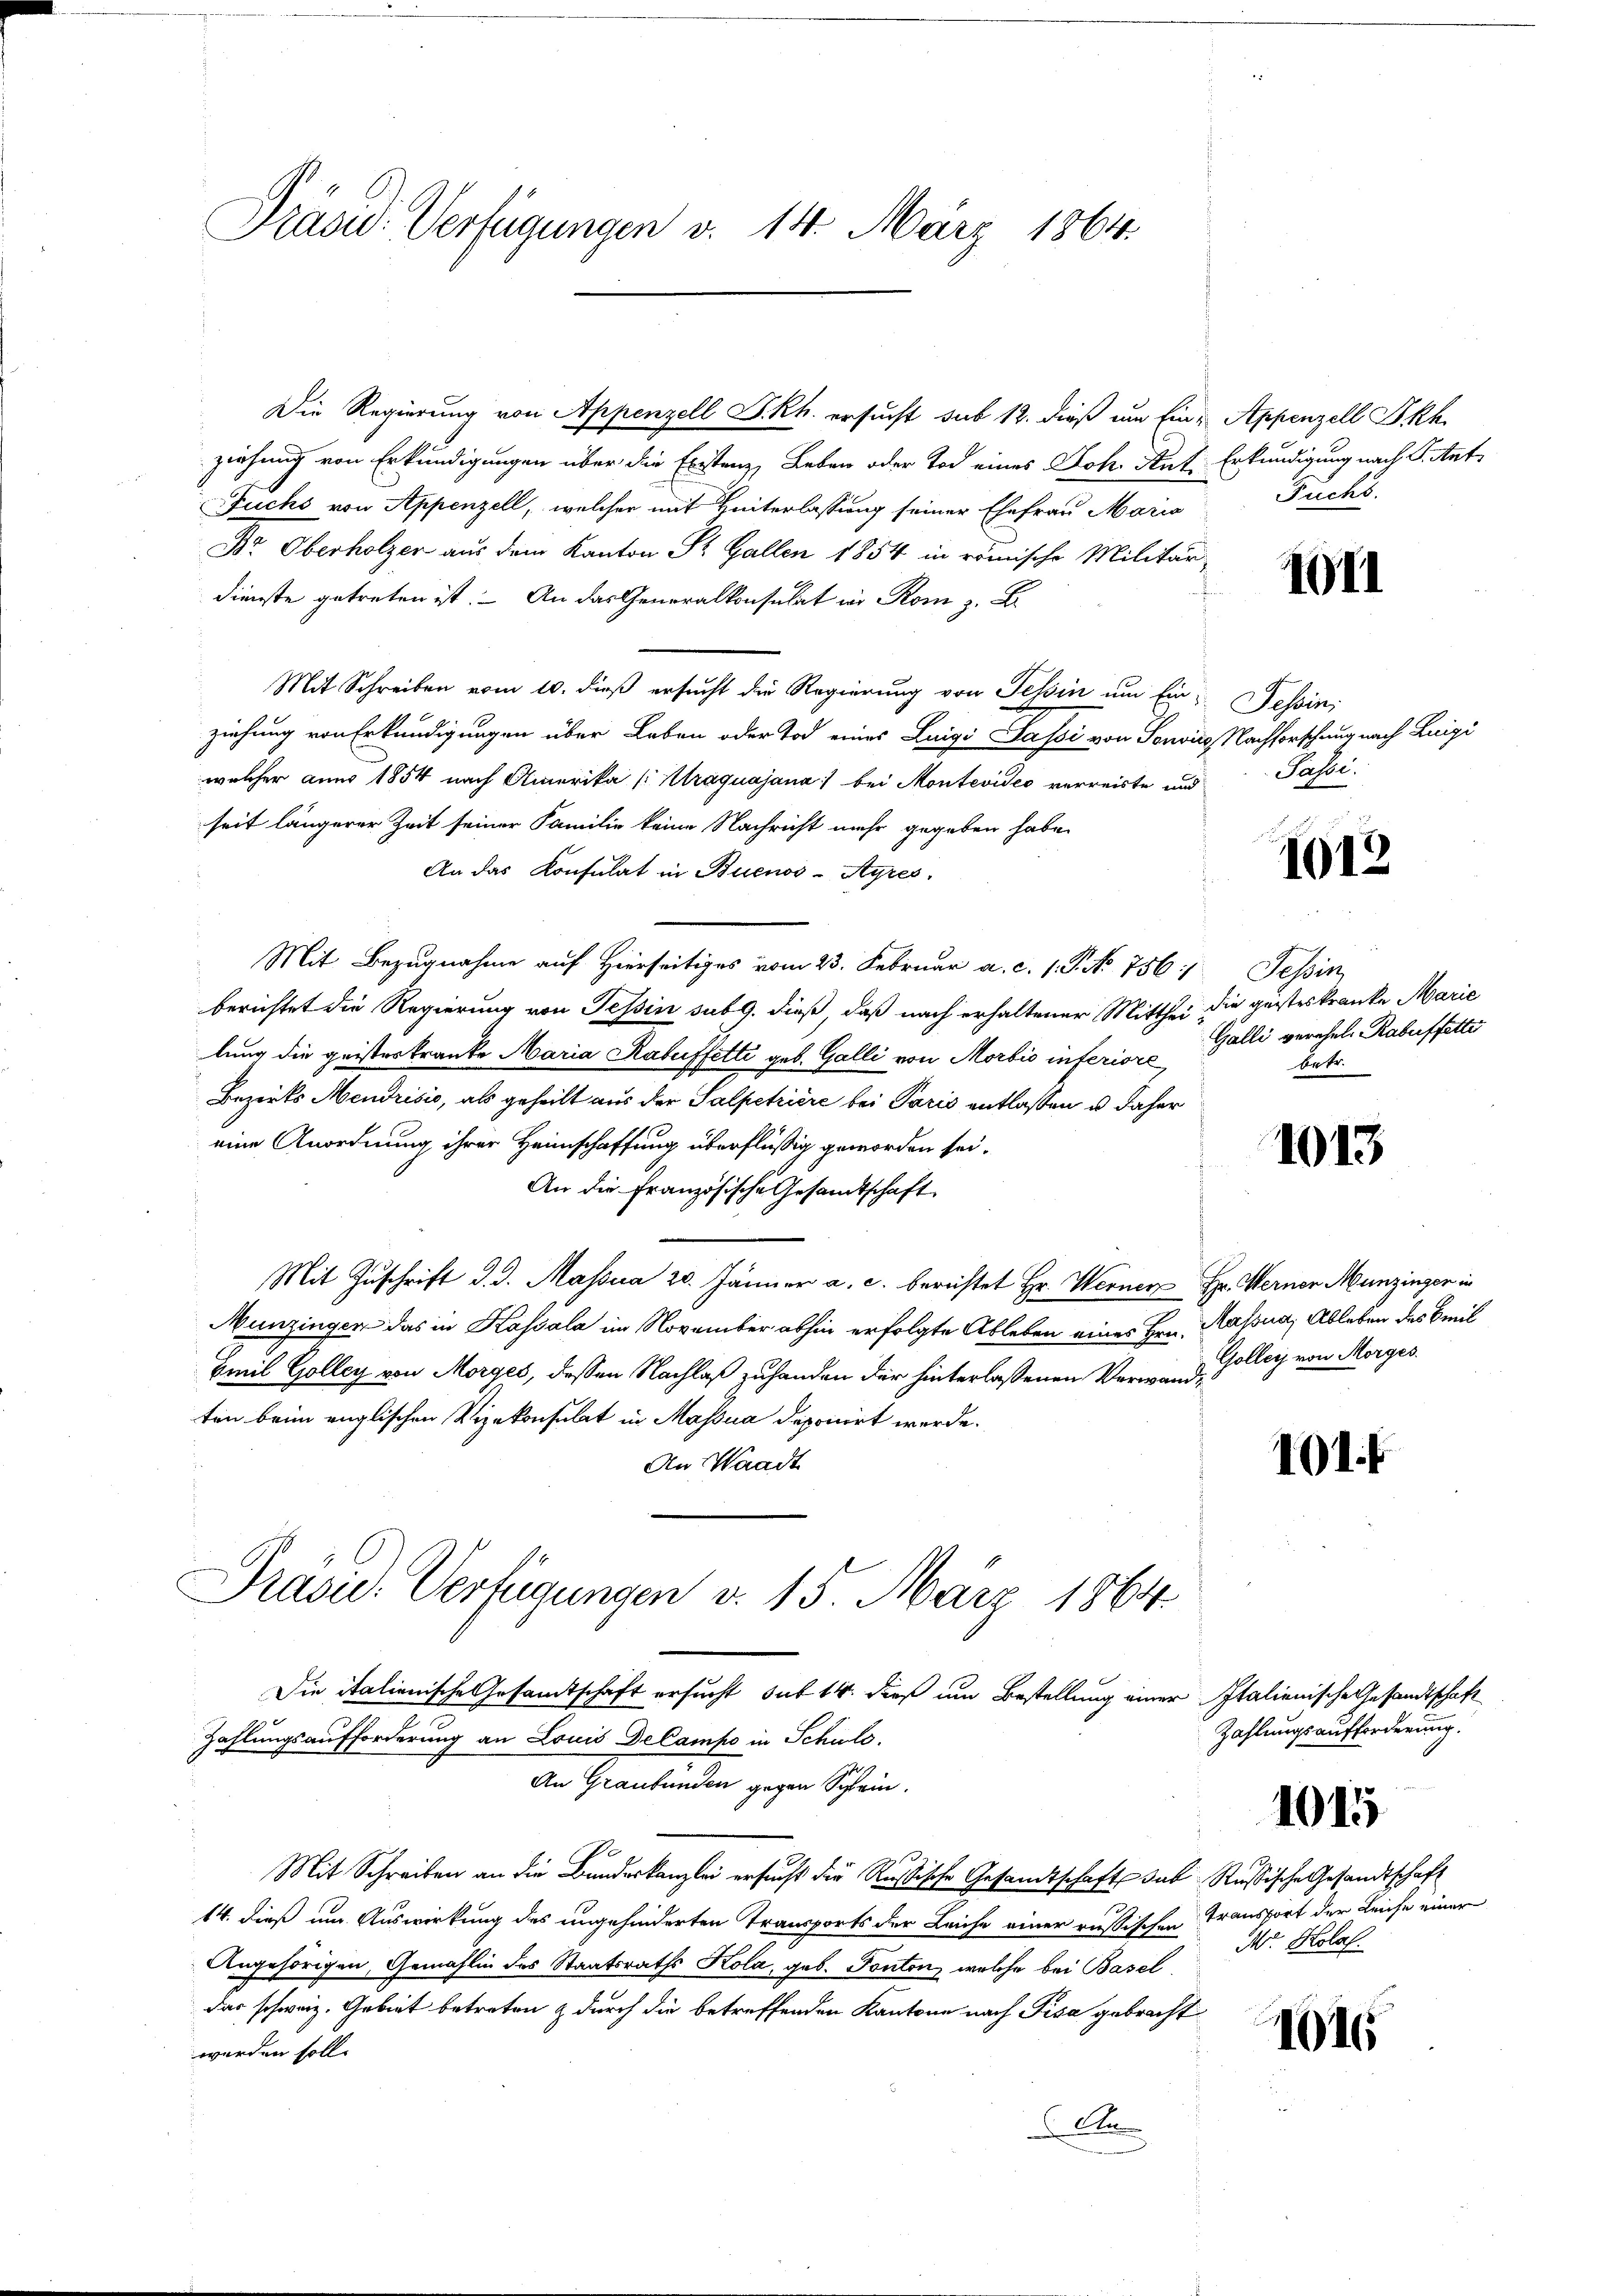
Präsid. Verfügungen v. 14. März 1864.

Präsie-Verfügungen v. 15. März 1864.

Die Regierung von Appenzell S. Rh. ersucht sub 12. dieß um Eine Appenzell Tkh.
ziehung von Erkundigungen über die Existenz, Leben oder Tod eines Joh. Ant. Erkundigung nach S. Ant
Fuchs von Appenzell, welcher mit Hinterlassung seiner Ehefrau Maria
Br Oberholzer aus dem Kanton St. Gallen 1854 in römische Militär-
dienste getreten ist. An das Generalkonsulat in Rom z. B.
Mit Schreiben vom 10. dieß ersucht die Regierung von Tessin um Einziehung von Erkundigungen über Leben oder Tod eines Luigi Passi von Sonvics Nachforschung nach Luigi
welcher anno 1854 nach Amerika [Mtraquajana) bei Montevideo verreiste und
seit längerer Zeit seiner Familie keine Nachricht mehr gegeben habe.
An das Konsulat in Buenos-Ayres,
Mit Bezugnahme auf Hierseitiges vom 23. Februar a. c. 1. P. No. 756
berichtet die Regierung von Tessin sub 9. dieß, daß nach erhaltener Mitthei die geisteskranke Marie
lung die geistes tranke Maria Rabuffetti geb. Galli von Morbio inferiore
Bezirks Mendrisis, als geheilt aus der Salpetriere bei Paris entlassen u. daher
eine Anordnung ihrer Heimschaffung überflüssig geworden sei.
An die Französische Gesandtschaft
Mit Zŭschrift d. d. Massna 20. Jänner a. c. berichtet Hr. Werner Hr. Werner Munzinger in
Munzingen das in Kassala im November abhin erfolgte Ableben eines Hrn. Massna, Ableben des Breil
Emil Golleg von Morges, dessen Nachlaß zu handen der hinterlassenen Verwand solleg von Morges
ten beim englischen Vizekonsulat in Massna deponirt werde.
An Waadt

Fuchs.

Die italienische Gesamtschaft ersucht sub 14. dieß um Bestellung einer Italienische Gesandtschaft
Zahlungsaufforderung an Louis Decampo in Schuld.
An Graubünden gegen Schlein.
Mit Schreiben an die Bundeskanzlei ersucht die Rußische Gesandtschaft sub Rußische Gesandtschaft
14. dieß um Auswirkung des ungehinderten Transports der Leiche einer russischen Transfort der Leiche einer
Angehörigen, Gemahlin des Staatsraths Kola, geb. Ponton, welche bei Basel
Das schweiz. Gebiet betreten & durch die betreffenden Kantone nach Pisa gebracht
werden soll.
A

1011

Tessin:
Pässe.

1012

Sessio
Galli verehel. Rabeffetter
betr.

1013

101.

Zahlungsaufforderung.

1015

1016

Mr. Kolal.